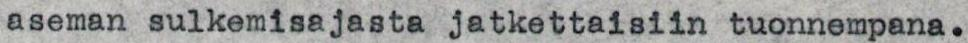
aseman sulkemisajasta jatkettaisiin tuonnempana.